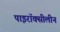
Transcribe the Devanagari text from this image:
पाइरॉक्सीलीन